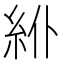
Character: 𥾾